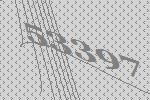
53397